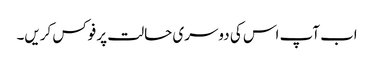
اب آپ اس کی دوسری حالت پر فوکس کریں۔